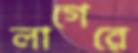
লাগেরে